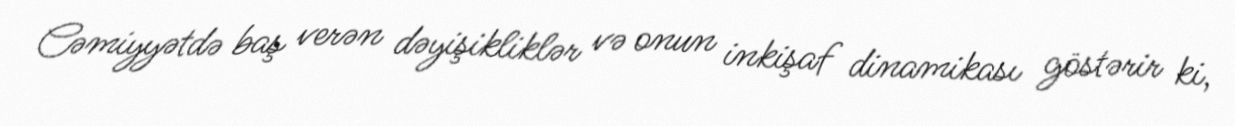
Cəmiyyətdə baş verən dəyişikliklər və onun inkişaf dinamikası göstərir ki,